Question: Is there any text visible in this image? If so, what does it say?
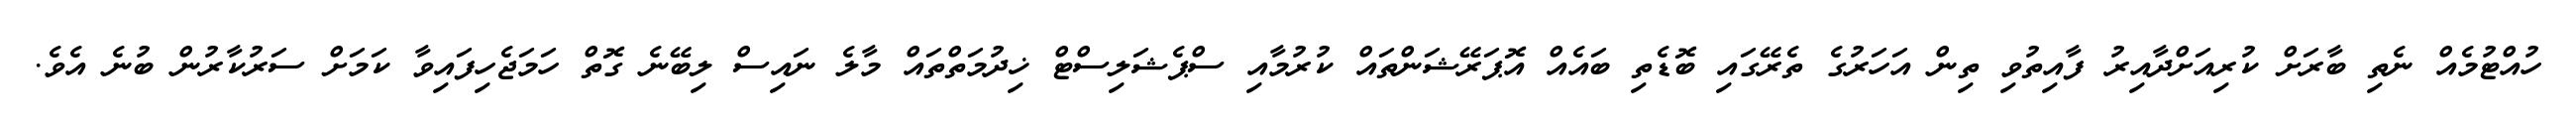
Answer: ހުއްޓުމެއް ނެތި ބާރަށް ކުރިއަށްދާއިރު ފާއިތުވި ތިން އަހަރުގެ ތެރޭގައި ބޮޑެތި ބައެއް އޮޕަރޭޝަންތައް ކުރުމާއި ސްޕެޝަލިސްޓް ޚިދުމަތްތައް މާލެ ނައިސް ލިބޭނެ ގޮތް ހަމަޖެހިފައިވާ ކަމަށް ސަރުކާރުން ބުނެ އެވެ.